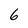
Character: 6